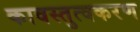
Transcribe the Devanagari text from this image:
कावस्तुत्वकरण